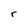
Character: r